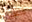
مزعجين